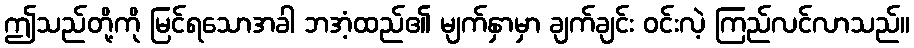
ဤသည်တို့ကို မြင်ရသောအခါ ဘအံ့ထည်၏ မျက်နှာမှာ ချက်ချင်း ဝင်းလဲ့ ကြည်လင်လာသည်။